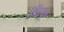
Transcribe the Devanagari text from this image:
डिस्क्